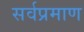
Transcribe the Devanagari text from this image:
सर्वप्रमाण